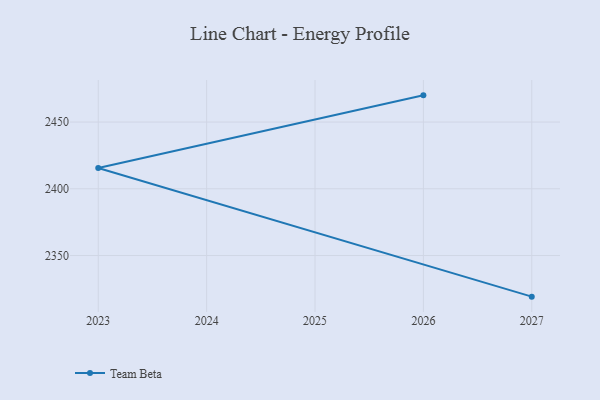
{"axis": {"x": "Year", "y": "Backlog"}, "legend": ["Team Beta"], "data": [{"x": "2027", "y": 2319.2, "type": "Team Beta"}, {"x": "2023", "y": 2415.6, "type": "Team Beta"}, {"x": "2026", "y": 2470.0, "type": "Team Beta"}]}